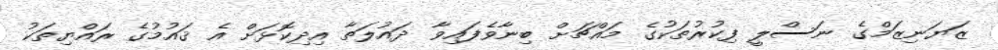
ޒަޔަނިޒަމްގެ ނަސްލީ ފިކުރުތަކުގެ މައްޗަށް ބިނާވެފައިވާ ދައުލަތާ އިދިކޮޅަށް އެ ޤައުމުގެ ރައްޔިތަކު